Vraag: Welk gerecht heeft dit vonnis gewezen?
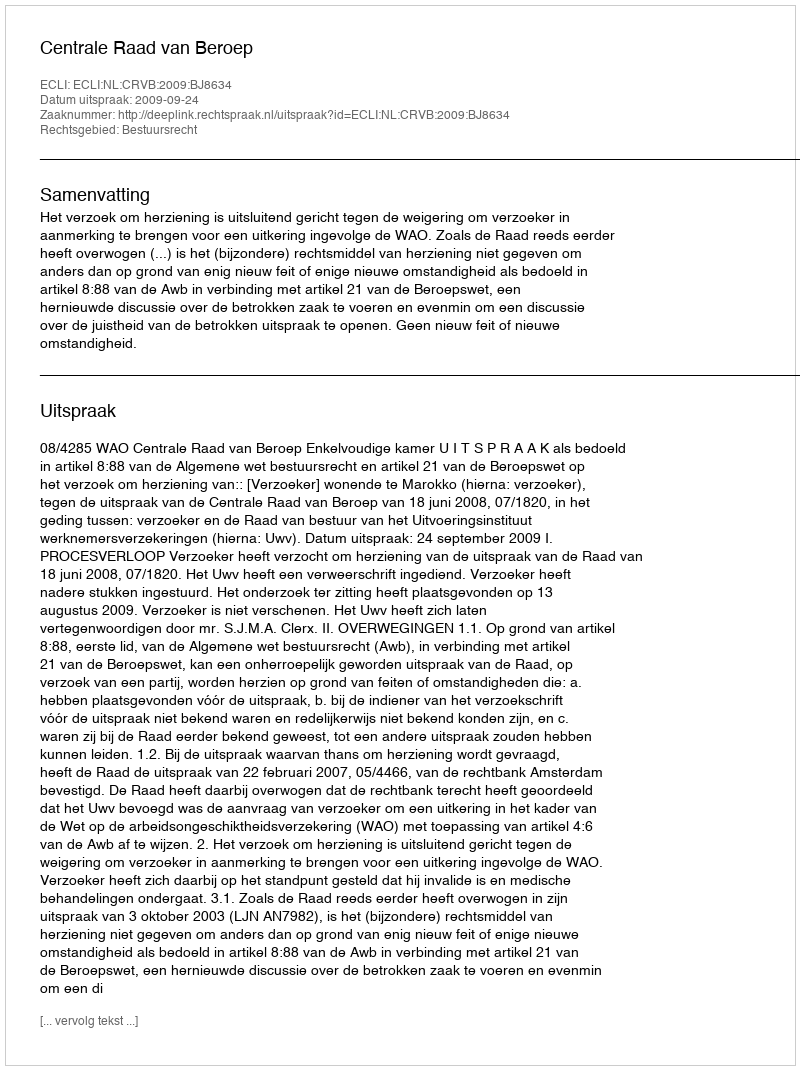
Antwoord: Centrale Raad van Beroep